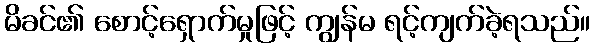
မိခင်၏ စောင့်ရှောက်မှုဖြင့် ကျွန်မ ရင့်ကျက်ခဲ့ရသည်။